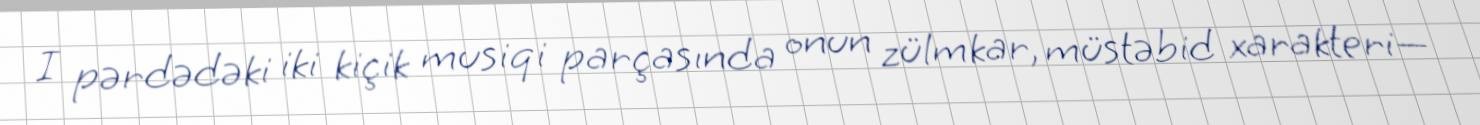
I pərdədəki iki kiçik musiqi parçasında onun zülmkar, müstəbid xarakteri—